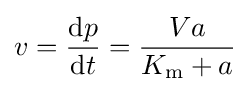
v={\frac {\mathrm {d} p}{\mathrm {d} t}}={\frac {Va}{K_{\mathrm {m} }+a}}